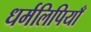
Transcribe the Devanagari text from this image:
धर्मलिपियाँ